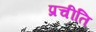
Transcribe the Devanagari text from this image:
प्रचीति